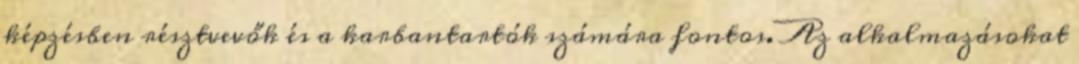
képzésben résztvevők és a karbantartók számára fontos. Az alkalmazásokat